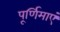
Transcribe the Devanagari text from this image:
पूर्णिमाएं